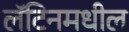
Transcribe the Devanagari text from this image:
लॅटिनमधील